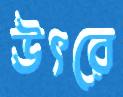
উৎরে